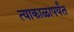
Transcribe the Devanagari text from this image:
त्याकाळापर्यंत